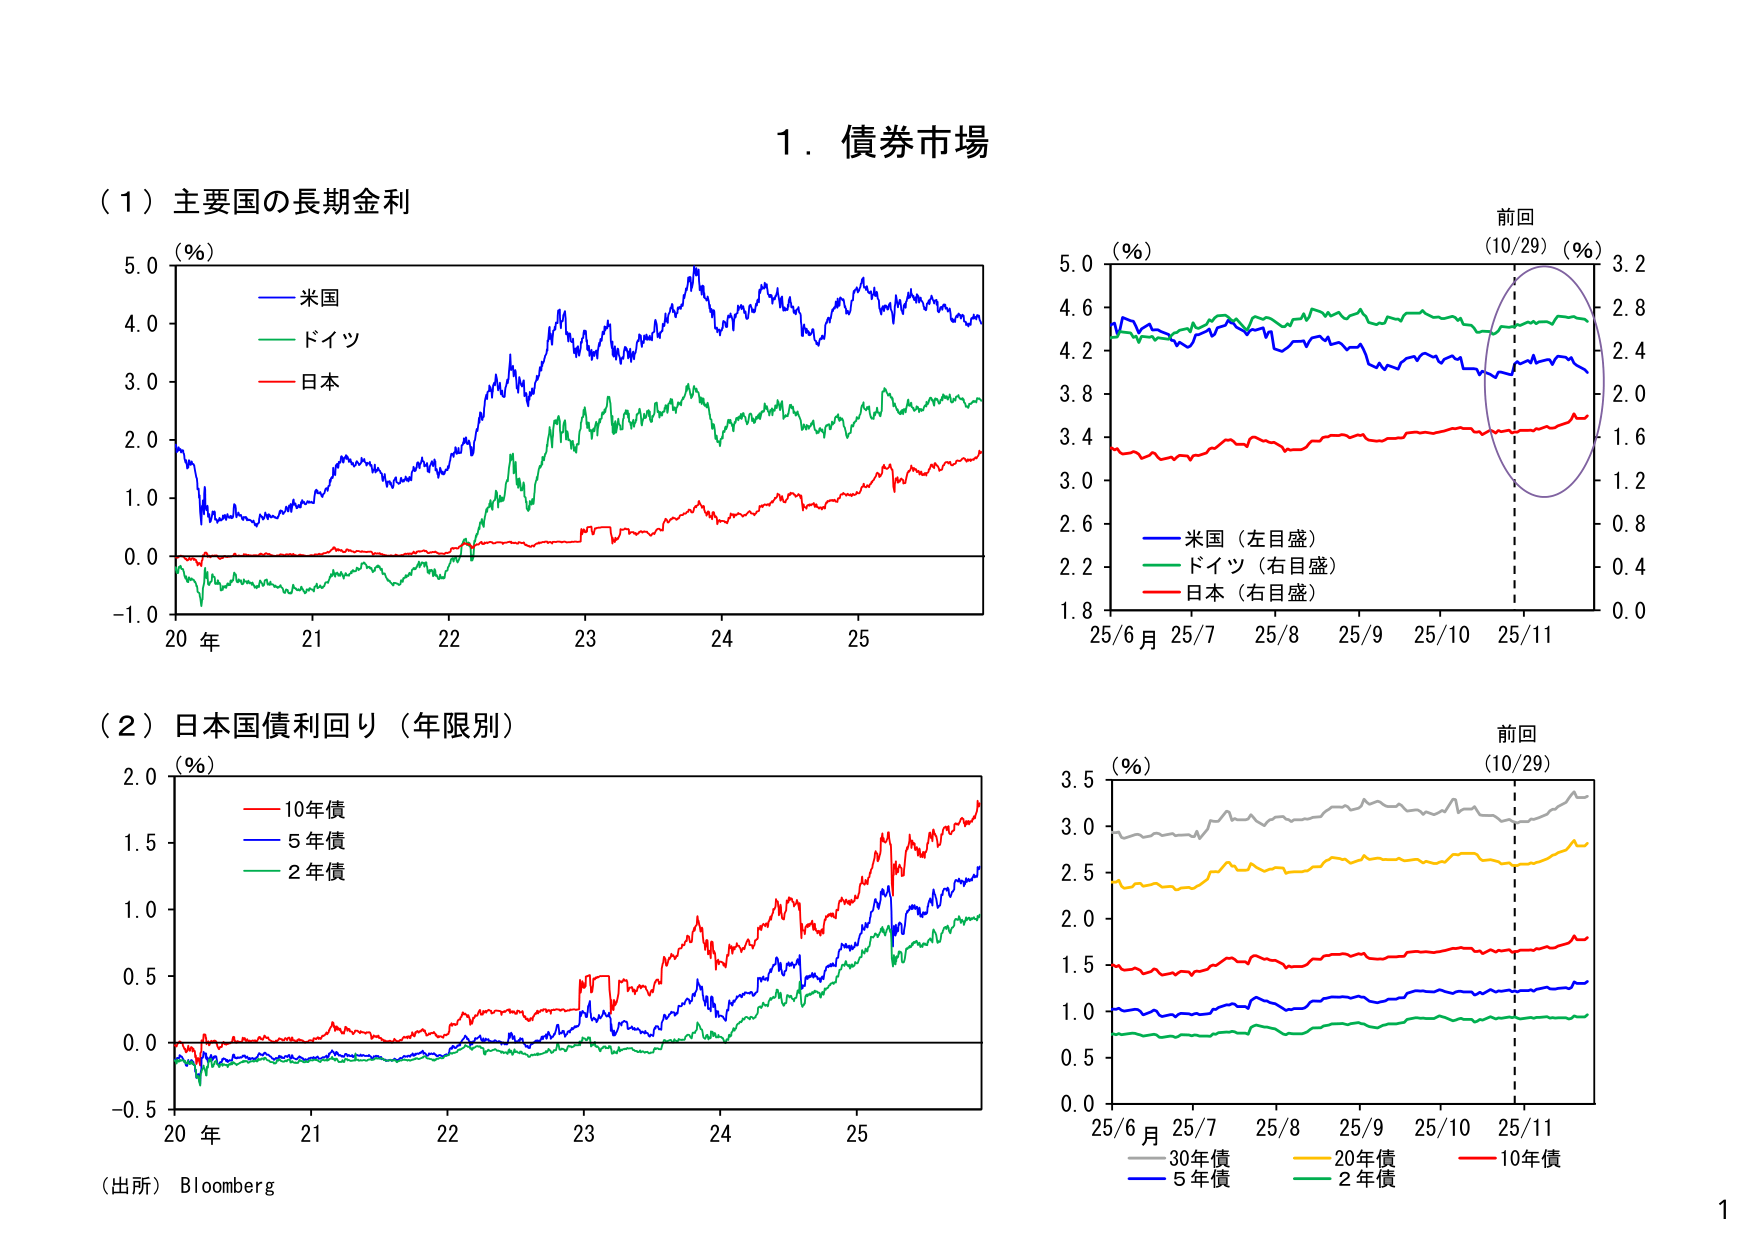
1. 債券市場

（1）主要国の長期金利
（%）
　　ー　米国
　　ー　ドイツ
　　ー　日本
20 年　21　22　23　24　25

（2）日本国債利回り（年限別）
（%）
　　ー　10年債
　　ー　5年債
　　ー　2年債
20 年　21　22　23　24　25
（出所）Bloomberg

（%）
前回
（10/29）（%）
　　ー　米国（左目盛）
　　ー　ドイツ（右目盛）
　　ー　日本（右目盛）
25/6月　25/7　25/8　25/9　25/10　25/11

（%）
前回
（10/29）
　　ー　30年債
　　ー　20年債
　　ー　10年債
　　ー　5年債
　　ー　2年債
25/6月　25/7　25/8　25/9　25/10　25/11

1